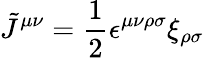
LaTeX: \tilde{J}^{\mu\nu}=\frac{1}{2}\epsilon^{\mu\nu\rho\sigma}\xi_{\rho\sigma}